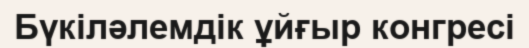
Бүкіләлемдік ұйғыр конгресі